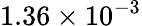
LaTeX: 1.36\times 10^{-3}